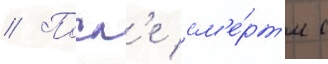
// Посл'е см'е́рт'и с